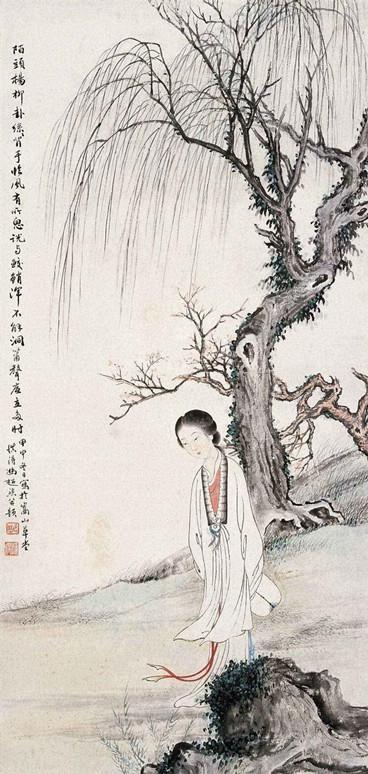
箫鼓喧，人影参差，满路飘香麝。